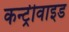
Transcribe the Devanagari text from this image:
कन्ट्रीवाइड